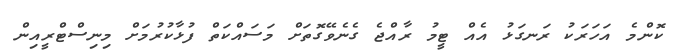
ކޮންމެ އަހަރަކު ރަނގަޅު އެއް ޓީމު ރާއްޖެ ގެނެވޭގޮތަށް މަސައްކަތް ފުޅާކުރުމަށް މިނިސްޓްރީއިން